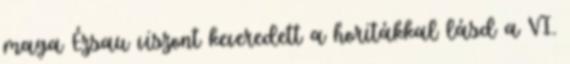
maga Ézsau viszont keveredett a horitákkal lásd a VI.